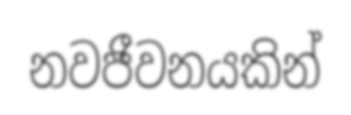
නවජීවනයකින්